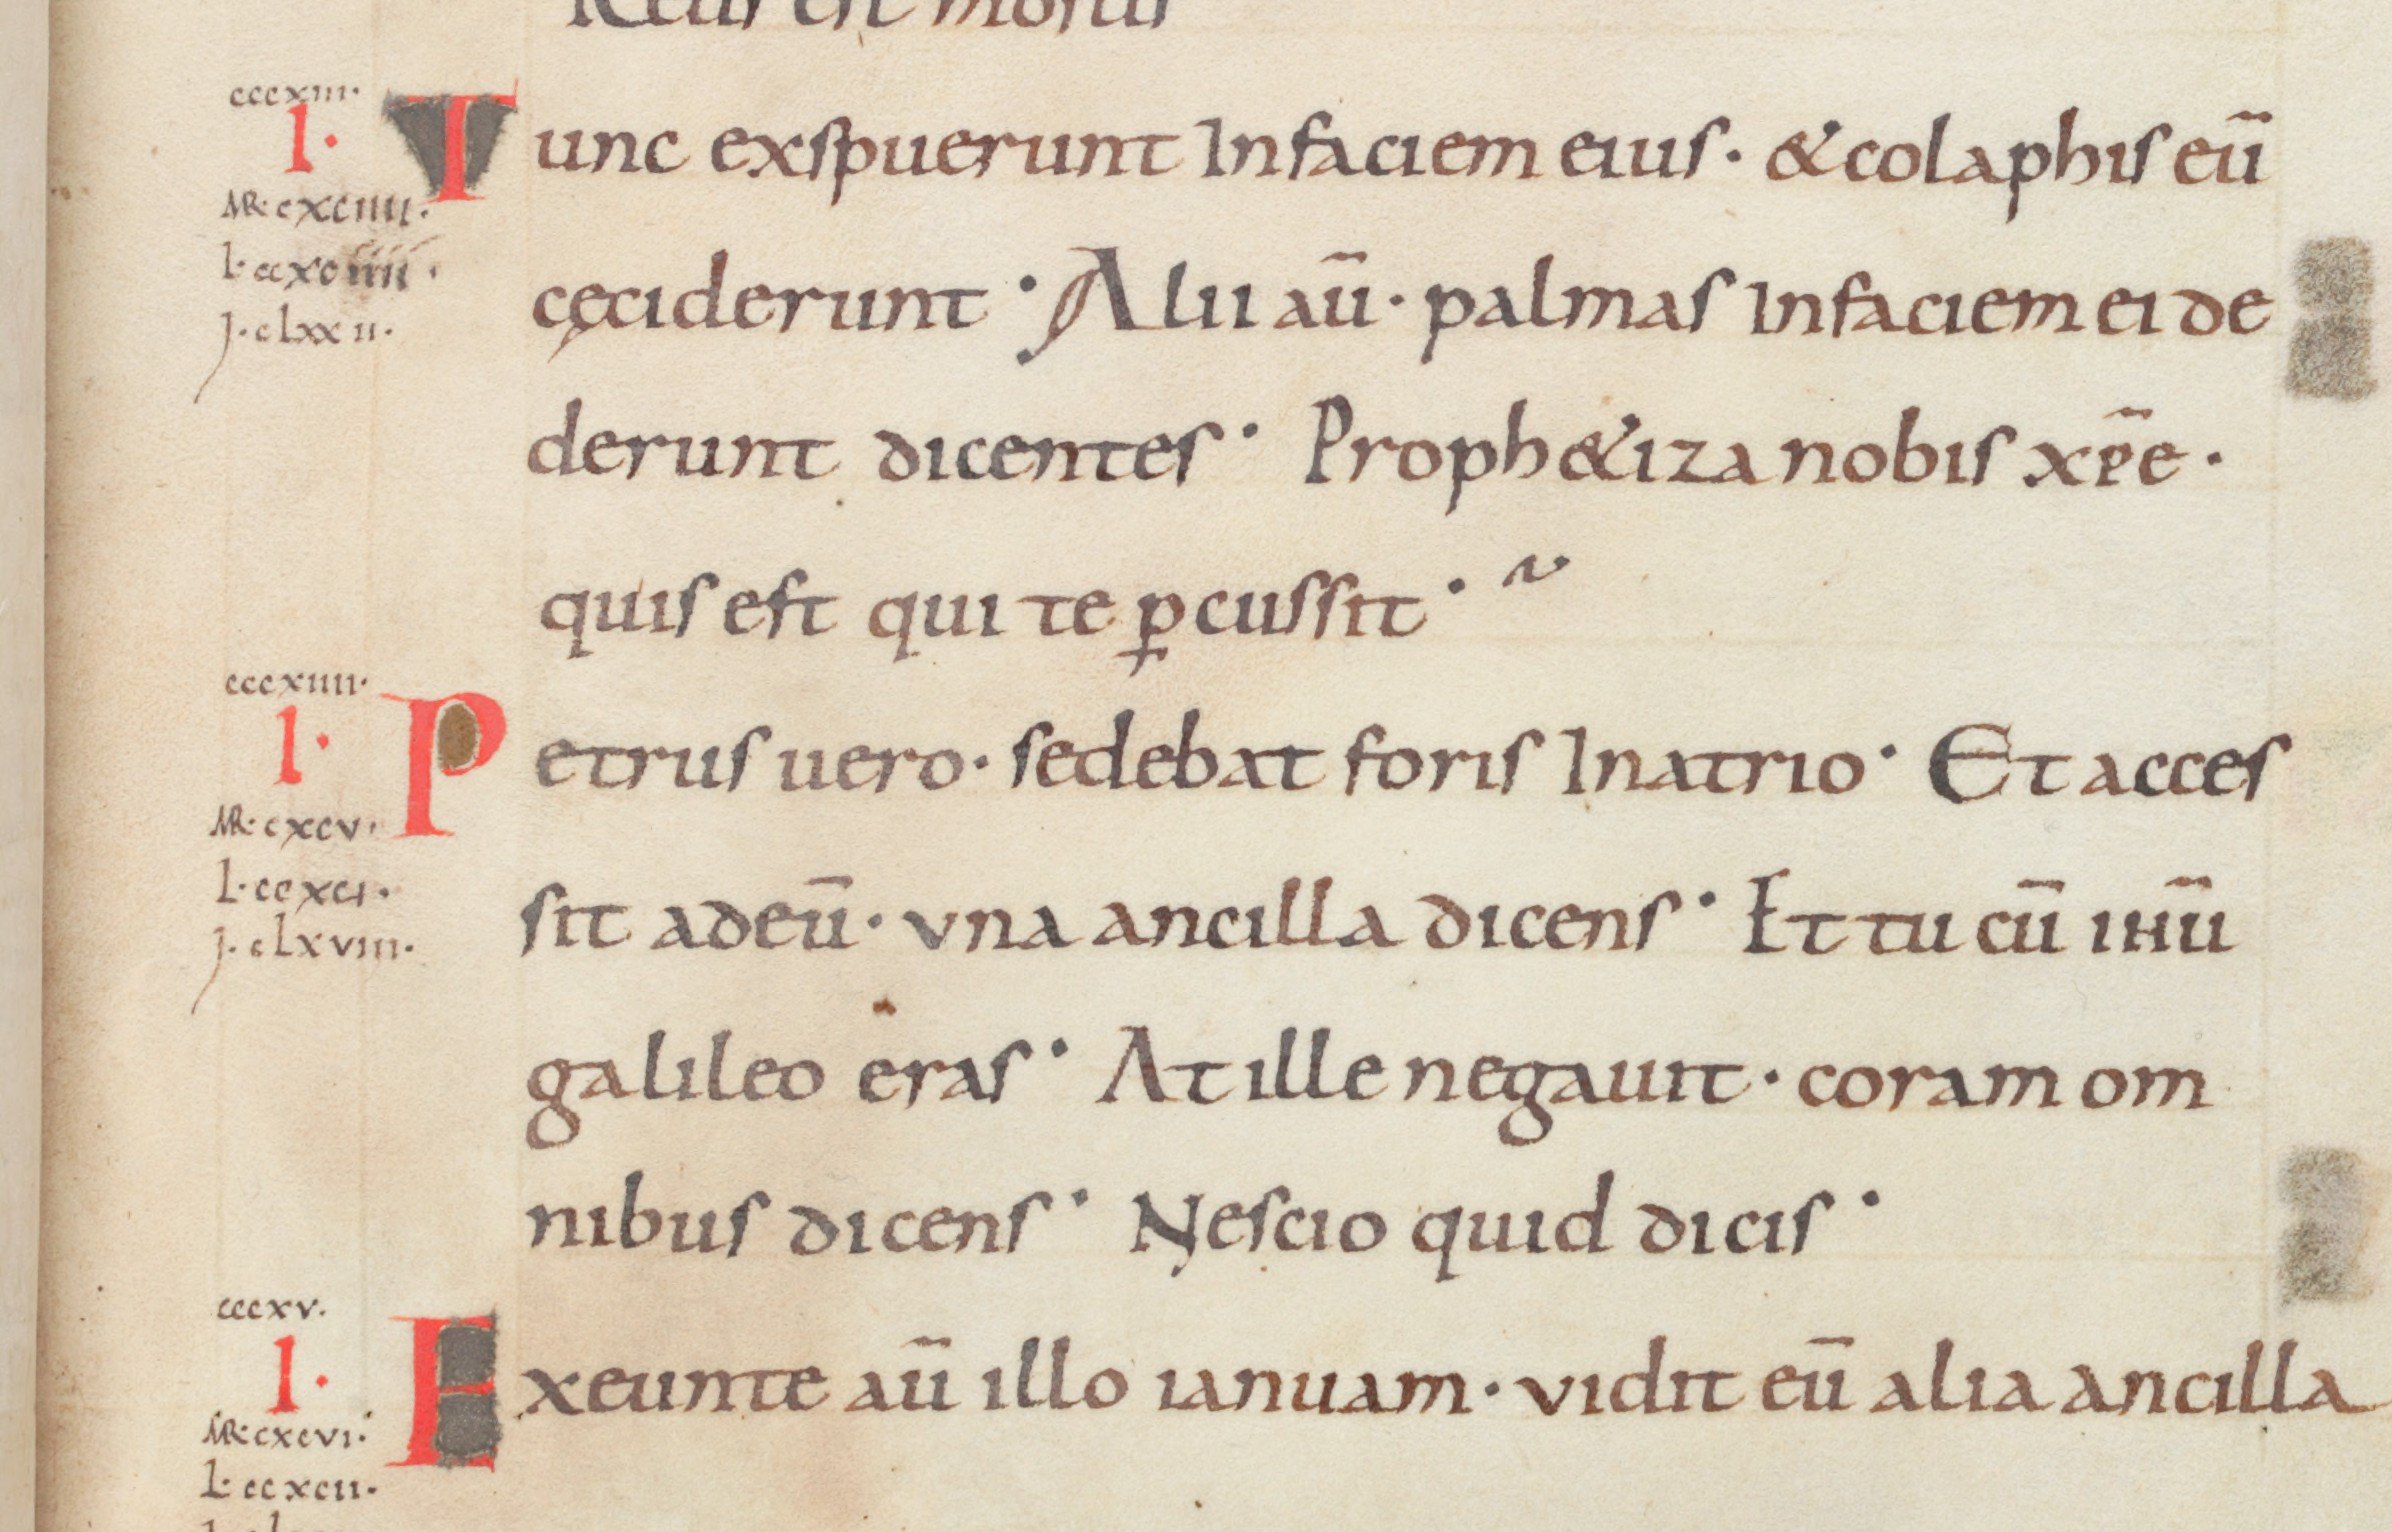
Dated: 875–899